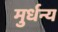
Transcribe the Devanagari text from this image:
मुर्धन्य